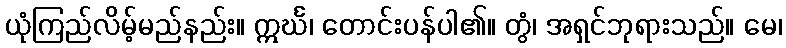
ယုံကြည်လိမ့်မည်နည်း။ ဣင်္ဃ၊ တောင်းပန်ပါ၏။ တွံ၊ အရှင်ဘုရားသည်။ မေ၊